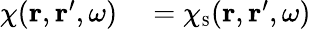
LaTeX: \begin{array}{rl}{\chi({\mathbf r},{\mathbf r}^{\prime},\omega)}&{{}=\chi_{\scriptscriptstyle\mathrm{S}}({\mathbf r},{\mathbf r}^{\prime},\omega)}\end{array}